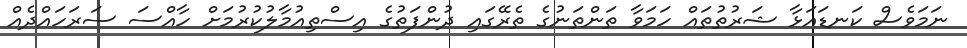
ނަމަވެސް ކަނޑައަޅާ ޝަރުތުތައް ހަމަވާ ތަންތަނުގެ ތެރޭގައި ދުންފަތުގެ އިސްތިއުމާލުކުރުމަށް ހާއްސަ ސަރަހައްދެއް